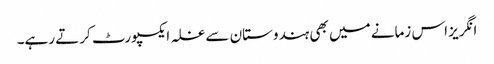
انگریز اس زمانے میں بھی ہندوستان سے غلہ ایکسپورٹ کرتے رہے۔